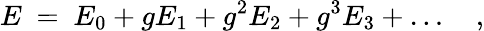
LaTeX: E~=~E_{0}+gE_{1}+g^{2}E_{2}+g^{3}E_{3}+\ldots\quad,